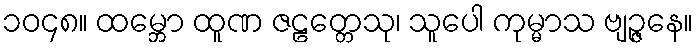
၁၀၄၈။ ထမ္ဘော ထူဏ ဇဠတ္တေသု၊ သူပေါ ကုမ္မာသ ဗျဉ္ဇနေ။